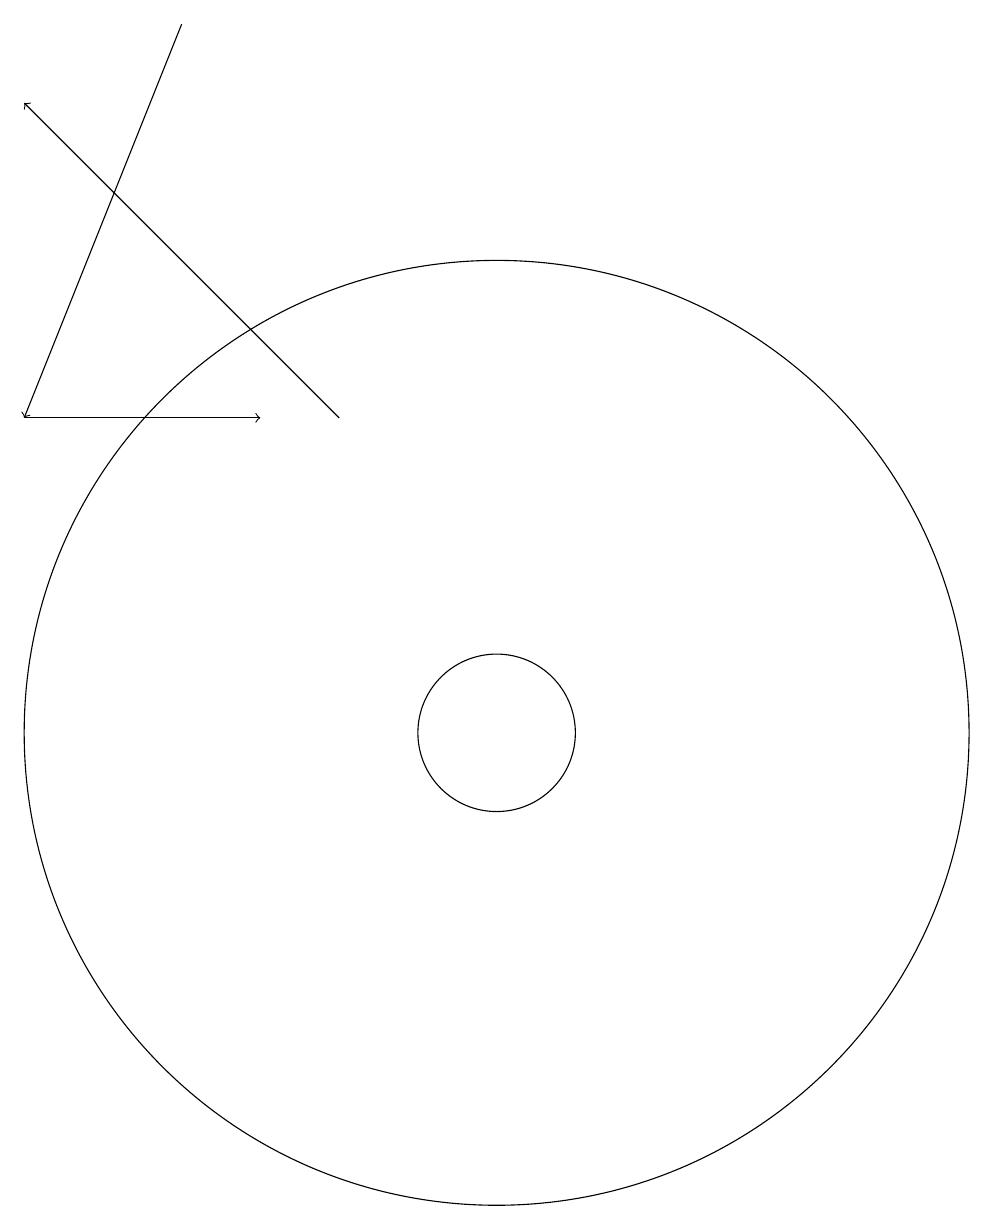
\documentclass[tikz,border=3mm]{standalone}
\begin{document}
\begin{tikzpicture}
\draw (11,10) circle (1);
\draw[->] (5,14) -- (8,14);
\draw[->] (9,14) -- (5,18);
\draw[->] (7,19) -- (5,14);
\draw (11,10) circle (6);
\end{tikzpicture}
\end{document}